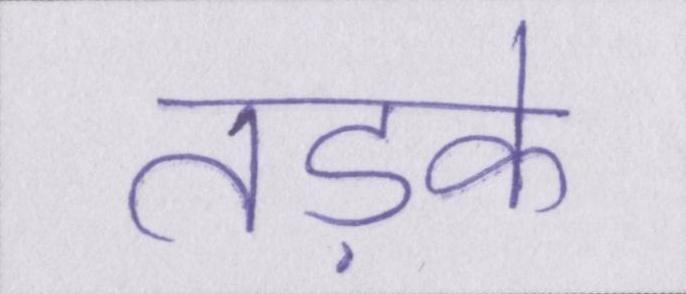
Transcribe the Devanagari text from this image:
तड़के